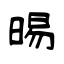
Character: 晹